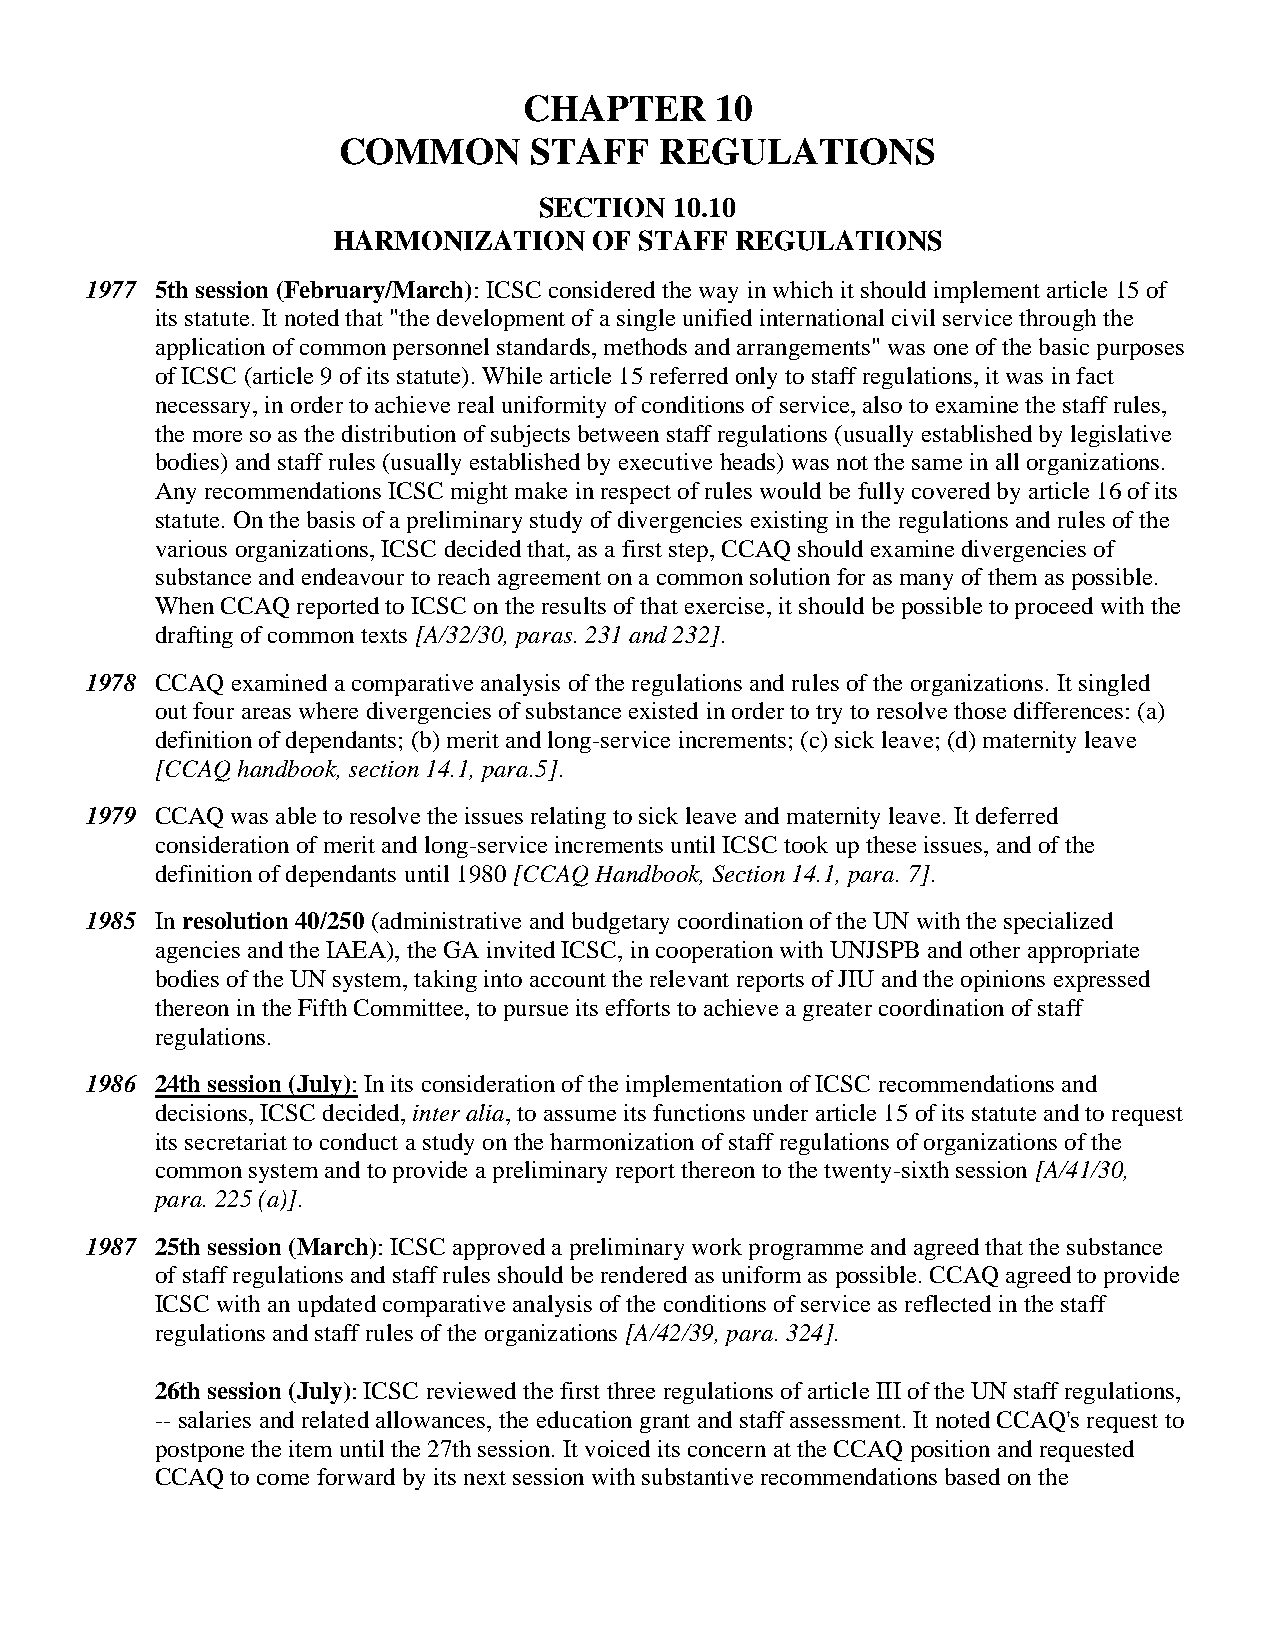
CHAPTER     10
 COMMON       STAFF    REGULATIONS
 SECTION  10.10
 HARMONIZATION    OF STAFF  REGULATIONS
 1977 5th session (February/March): ICSC considered the way in which it should implement article 15 of
 its statute. It noted that "the development of a single unified international civil service through the
 application of common personnel standards, methods and arrangements" was one of the basic purposes
 of ICSC (article 9 of its statute). While article 15 referred only to staff regulations, it was in fact
 necessary, in order to achieve real uniformity of conditions of service, also to examine the staff rules,
 the more so as the distribution of subjects between staff regulations (usually established by legislative
 bodies) and staff rules (usually established by executive heads) was not the same in all organizations.
 Any recommendations ICSC might make in respect of rules would be fully covered by article 16 of its
 statute. On the basis of a preliminary study of divergencies existing in the regulations and rules of the
 various organizations, ICSC decided that, as a first step, CCAQ should examine divergencies of
 substance and endeavour to reach agreement on a common solution for as many of them as possible.
 When CCAQ reported to ICSC on the results of that exercise, it should be possible to proceed with the
 drafting of common texts [A/32/30, paras. 231 and 232].
 1978 CCAQ examined a comparative analysis of the regulations and rules of the organizations. It singled
 out four areas where divergencies of substance existed in order to try to resolve those differences: (a)
 definition of dependants; (b) merit and long-service increments; (c) sick leave; (d) maternity leave
 [CCAQ handbook, section 14.1, para.5].
 1979 CCAQ was able to resolve the issues relating to sick leave and maternity leave. It deferred
 consideration of merit and long-service increments until ICSC took up these issues, and of the
 definition of dependants until 1980 [CCAQ Handbook, Section 14.1, para. 7].
 1985 In resolution 40/250 (administrative and budgetary coordination of the UN with the specialized
 agencies and the IAEA), the GA invited ICSC, in cooperation with UNJSPB and other appropriate
 bodies of the UN system, taking into account the relevant reports of JIU and the opinions expressed
 thereon in the Fifth Committee, to pursue its efforts to achieve a greater coordination of staff
 regulations.
 1986 24th session (July): In its consideration of the implementation of ICSC recommendations and
 decisions, ICSC decided, inter alia, to assume its functions under article 15 of its statute and to request
 its secretariat to conduct a study on the harmonization of staff regulations of organizations of the
 common system and to provide a preliminary report thereon to the twenty-sixth session [A/41/30,
 para. 225 (a)].
 1987 25th session (March): ICSC approved a preliminary work programme and agreed that the substance
 of staff regulations and staff rules should be rendered as uniform as possible. CCAQ agreed to provide
 ICSC with an updated comparative analysis of the conditions of service as reflected in the staff
 regulations and staff rules of the organizations [A/42/39, para. 324].
 26th session (July): ICSC reviewed the first three regulations of article III of the UN staff regulations,
 -- salaries and related allowances, the education grant and staff assessment. It noted CCAQ's request to
 postpone the item until the 27th session. It voiced its concern at the CCAQ position and requested
 CCAQ to come forward by its next session with substantive recommendations based on the